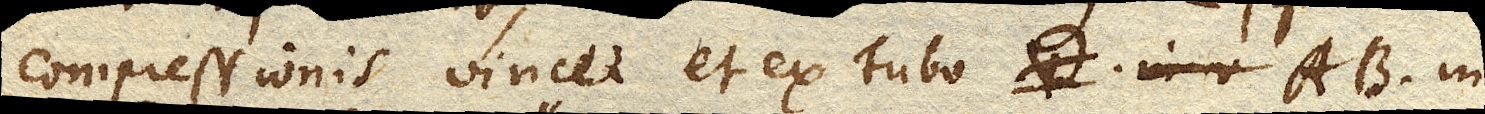
compressionis vincet et ex Tubo AB. in